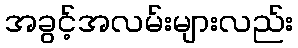
အခွင့်အလမ်းများလည်း